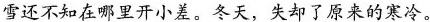
雪还不知在哪里开小差。冬天，失却了原来的寒冷。